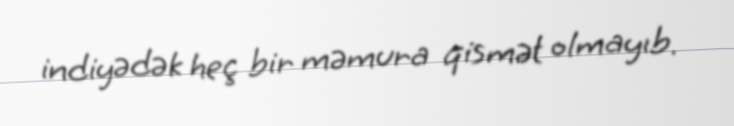
indiyədək heç bir məmura qismət olmayıb.